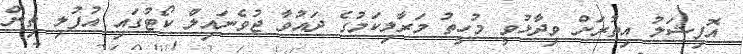
އޮފިޝަލު އިތުރަށް ވިދާޅުވީ މުހީތު މަރާލިކަމުގެ ދައުވާ ޖުވެނައިލް ކޯޓުގައި އުފުލި ތިން